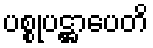
ပစ္စုပဋ္ဌာပေတိ